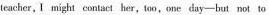
teacher, I might contact her,tao,one day—but not to